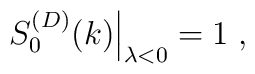
\left.S^{(D)}_{0}(k)\right|_{\lambda<0}=1\;  ,